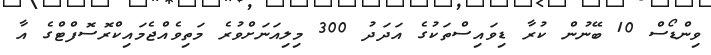
ވިންޑޯސް 10 ބޭނުން ކުރާ ޑިވައިސްތަކުގެ އަދަދު 300 މިލިއަނަށްވުރެ މަތިވެއްޖެމައިކްރޮސޮފްޓްގެ އާ